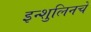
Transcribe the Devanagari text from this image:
इन्शुलिनचे